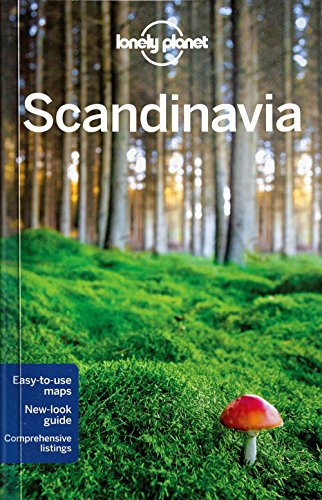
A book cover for Lonely Planet Scandinavia (Travel Guide); Lonely Planet; Travel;